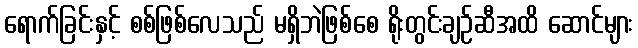
ရောက်ခြင်းနှင့် စစ်ဖြစ်လေသည် မရှိဘဲဖြစ်စေ ရိုးတွင်းချဉ်ဆီအထိ ဆောင်များ